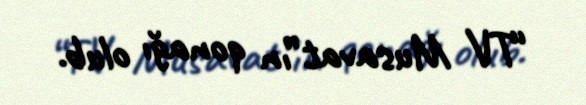
“TV Musavat”ın qonağı olub.